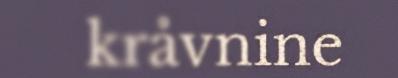
kråvnine